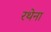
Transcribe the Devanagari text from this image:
रथेना